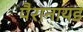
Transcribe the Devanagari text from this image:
पैरानायड